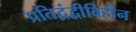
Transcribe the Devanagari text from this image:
प्रतिद्वंद्वीविहीन